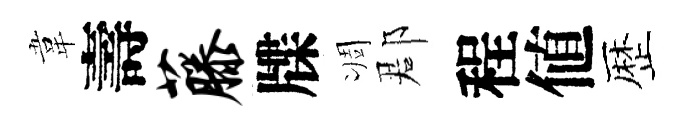
韋壽藤牒凋郡程値歴